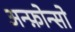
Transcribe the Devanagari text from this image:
अन्फ़ोन्सो